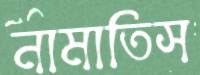
নামাতিস